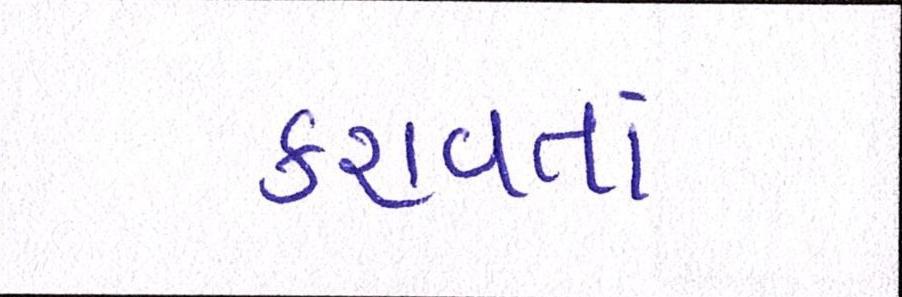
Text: કરાવતાં